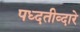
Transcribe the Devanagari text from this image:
पध्दतीव्दारे